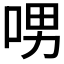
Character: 𠲸